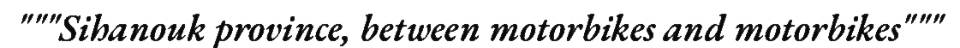
"""Sihanouk province, between motorbikes and motorbikes"""